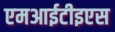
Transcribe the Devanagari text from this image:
एमआईटीइएस